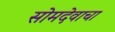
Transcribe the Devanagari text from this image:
सोमदेवाचा